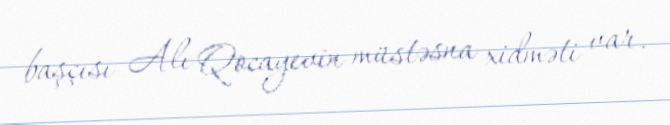
başçısı Alı Qocayevin müstəsna xidməti var.